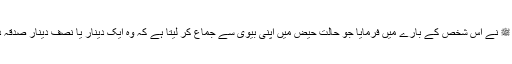
نبی ﷺ نے اس شخص کے بارے میں فرمایا جو حالتِ حیض میں اپنی بیوی سے جماع کر لیتا ہے کہ وہ ایک دینار یا نصف دینار صدقہ دے۔